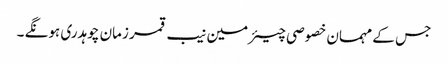
جس کے مہمان خصوصی چیئرمین نیب قمر زمان چوہدری ہونگے ۔